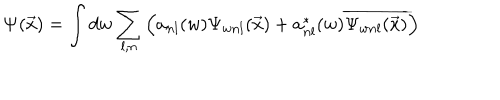
\mathbf { \Psi } ( \vec { x } ) = \int d w \sum _ { l , n } \left( a _ { n l } ( w ) \Psi _ { w n l } ( \vec { x } ) + a _ { n l } ^ { \ast } ( w ) \overline { { { \Psi _ { w n l } ( \vec { x } ) } } } \right)